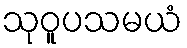
သုဝူပသမယံ